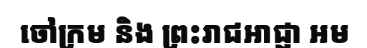
ចៅក្រម និង ព្រះរាជអាជ្ញា អម